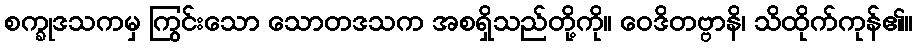
စက္ခုဒသကမှ ကြွင်းသော သောတဒသက အစရှိသည်တို့ကို။ ဝေဒိတဗ္ဗာနိ၊ သိထိုက်ကုန်၏။